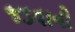
જડવાનો